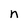
Character: n